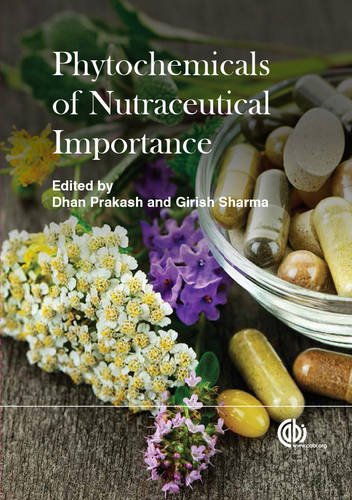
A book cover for Phytochemicals of Nutraceutical Importance; Health, Fitness & Dieting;